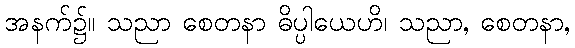
အနက်၌။ သညာ စေတနာ ဓိပ္ပါယေဟိ၊ သညာ, စေတနာ,